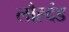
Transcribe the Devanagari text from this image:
लौह्दंड